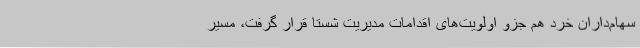
سهام‌داران خرد هم جزو اولویت‌های اقدامات مدیریت شستا قرار گرفت، مسیر